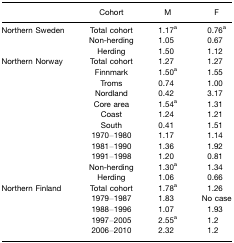
<table><thead><tr><td></td><td><b>Cohort</b></td><td><b>M</b></td><td><b>F</b></td></tr></thead><tbody><tr><td>Northern Sweden</td><td>Total cohort</td><td>1.17a</td><td>0.76a</td></tr><tr><td></td><td>Non-herding</td><td>1.05</td><td>0.67</td></tr><tr><td></td><td>Herding</td><td>1.50</td><td>1.12</td></tr><tr><td>Northern Norway</td><td>Total cohort</td><td>1.27</td><td>1.27</td></tr><tr><td></td><td>Finnmark</td><td>1.50a</td><td>1.55</td></tr><tr><td></td><td>Troms</td><td>0.74</td><td>1.00</td></tr><tr><td></td><td>Nordland</td><td>0.42</td><td>3.17</td></tr><tr><td></td><td>Core area</td><td>1.54a</td><td>1.31</td></tr><tr><td></td><td>Coast</td><td>1.24</td><td>1.21</td></tr><tr><td></td><td>South</td><td>0.41</td><td>1.51</td></tr><tr><td></td><td>1970–1980</td><td>1.17</td><td>1.14</td></tr><tr><td></td><td>1981–1990</td><td>1.36</td><td>1.92</td></tr><tr><td></td><td>1991–1998</td><td>1.20</td><td>0.81</td></tr><tr><td></td><td>Non-herding</td><td>1.30a</td><td>1.34</td></tr><tr><td></td><td>Herding</td><td>1.06</td><td>0.66</td></tr><tr><td>Northern Finland</td><td>Total cohort</td><td>1.78a</td><td>1.26</td></tr><tr><td></td><td>1979–1987</td><td>1.83</td><td>No case</td></tr><tr><td></td><td>1988–1996</td><td>1.07</td><td>1.93</td></tr><tr><td></td><td>1997–2005</td><td>2.55a</td><td>1.2</td></tr><tr><td></td><td>2006–2010</td><td>2.32</td><td>1.2</td></tr></tbody></table>